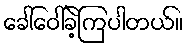
ခေါ်ဝေါ်ခဲ့ကြပါတယ်။